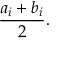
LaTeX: { \frac { a _ { i } + b _ { i } } { 2 } } .